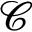
\mathcal { C }